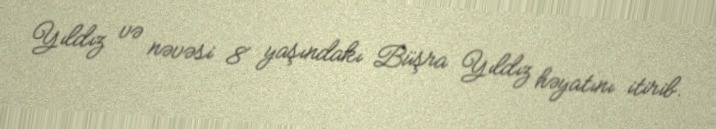
Yıldız və nəvəsi 8 yaşındakı Büşra Yıldız həyatını itirib.